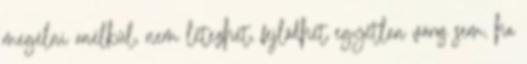
megélni anélkül, nem létezhet, fejlődhet egyetlen város sem, ha